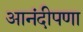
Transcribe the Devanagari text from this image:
आनंदीपणा